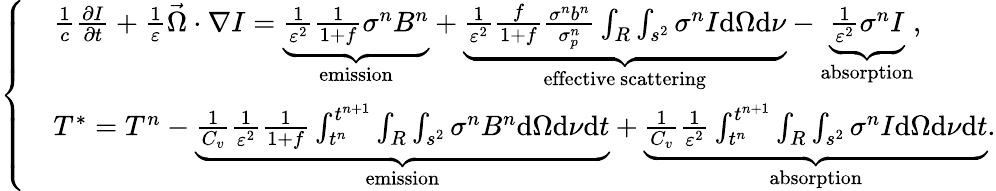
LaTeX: \left\{ \begin{array}{rl}&{\frac{1}{c}\frac{\partial I}{\partial t}+\frac{1}{\varepsilon}\vec{\Omega}\cdot\nabla I=\underbrace{\frac{1}{\varepsilon^{2}}\frac{1}{1+f}\sigma^{n}B^{n}}_{\mathrm{emission}}+\underbrace{\frac{1}{\varepsilon^{2}}\frac{f}{1+f}\frac{\sigma^{n}b^{n}}{\sigma_{p}^{n}}\int_{R}\int_{s^{2}}\sigma^{n}I\mathrm{d}\Omega\mathrm{d}\nu}_{\mathrm{effective~scattering}}-\underbrace{\frac{1}{\varepsilon^{2}}\sigma^{n}I}_{\mathrm{absorption}},}\\ &{T^{*}=T^{n}-\underbrace{\frac{1}{C_{v}}\frac{1}{\varepsilon^{2}}\frac{1}{1+f}\int_{t^{n}}^{t^{n+1}}\int_{R}\int_{s^{2}}\sigma^{n}B^{n}\mathrm{d}\Omega\mathrm{d}\nu\mathrm{d}t}_{\mathrm{emission}}+\underbrace{\frac{1}{C_{v}}\frac{1}{\varepsilon^{2}}\int_{t^{n}}^{t^{n+1}}\int_{R}\int_{s^{2}}\sigma^{n}I\mathrm{d}\Omega\mathrm{d}\nu\mathrm{d}t}_{\mathrm{absorption}}.}\end{array}\right.